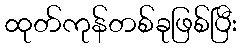
ထုတ်ကုန်တစ်ခုဖြစ်ပြီး